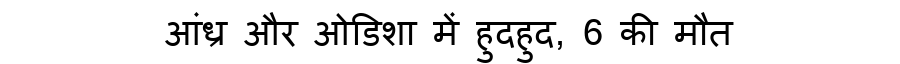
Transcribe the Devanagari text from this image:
आंध्र और ओडिशा में हुदहुद, 6 की मौत